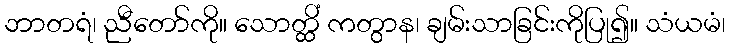
ဘာတရံ၊ ညီတော်ကို။ သောတ္ထိံ ကတွာန၊ ချမ်းသာခြင်းကိုပြု၍။ သံယမံ၊